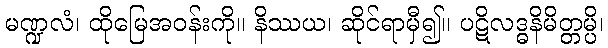
မဏ္ဍလံ၊ ထိုမြေအဝန်းကို။ နိဿယ၊ ဆိုင်ရာမှီ၍။ ပဋိလဒ္ဓနိမိတ္တမ္ပိ၊